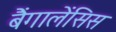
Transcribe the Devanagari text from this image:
बैंगालेंसिस